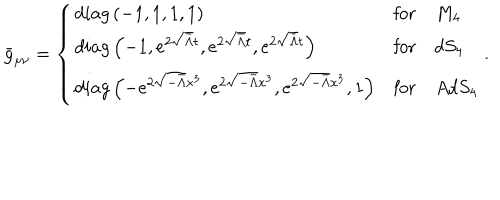
LaTeX: \bar { g } _ { \mu \nu } = \left\{ \begin{array} { l l l } { { d i a g \left( - 1 , 1 , 1 , 1 \right) } } & { { \mathrm { f o r } } } & { { M _ { 4 } } } \\ { { d i a g \left( - 1 , e ^ { 2 \sqrt { \bar { \Lambda } } t } , e ^ { 2 \sqrt { \bar { \Lambda } } t } , e ^ { 2 \sqrt { \bar { \Lambda } } t } \right) } } & { { \mathrm { f o r } } } & { { d S _ { 4 } } } \\ { { d i a g \left( - e ^ { 2 \sqrt { - \bar { \Lambda } } x ^ { 3 } } , e ^ { 2 \sqrt { - \bar { \Lambda } } x ^ { 3 } } , e ^ { 2 \sqrt { - \bar { \Lambda } } x ^ { 3 } } , 1 \right) } } & { { \mathrm { f o r } } } & { { A d S _ { 4 } } } \\ \end{array} \right. .